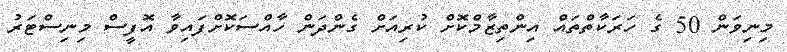
މިނިވަން 50 ގެ ހަރަކާތްތައް އިންތިޒާމްކޮށް ކުރިއަށް ގެންދަން ހާއްސަކޮށްފައިވާ އޮފީސް މިނިސްޓަރު